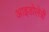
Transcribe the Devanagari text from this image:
आइडोलेत्री